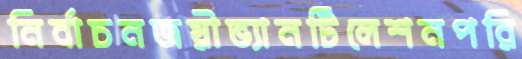
নির্বাচনজয়ীভ্যানটিলেশনপরি